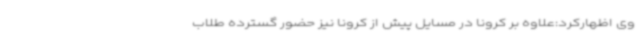
وی اظهارکرد:علاوه بر کرونا در مسایل پیش از کرونا نیز حضور گسترده طلاب